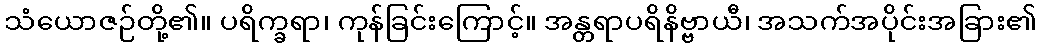
သံယောဇဉ်တို့၏။ ပရိက္ခရာ၊ ကုန်ခြင်းကြောင့်။ အန္တရာပရိနိဗ္ဗာယီ၊ အသက်အပိုင်းအခြား၏